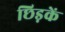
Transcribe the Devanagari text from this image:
छिड़कें